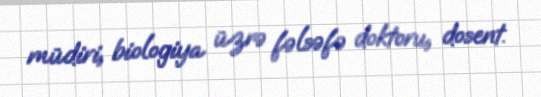
müdiri, biologiya üzrə fəlsəfə doktoru, dosent.